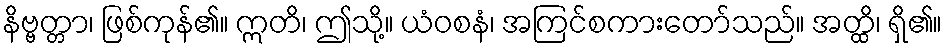
နိဗ္ဗတ္တာ၊ ဖြစ်ကုန်၏။ ဣတိ၊ ဤသို့။ ယံဝစနံ၊ အကြင်စကားတော်သည်။ အတ္ထိ၊ ရှိ၏။